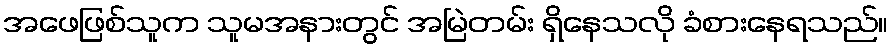
အဖေဖြစ်သူက သူမအနားတွင် အမြဲတမ်း ရှိနေသလို ခံစားနေရသည်။